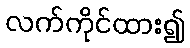
လက်ကိုင်ထား၍